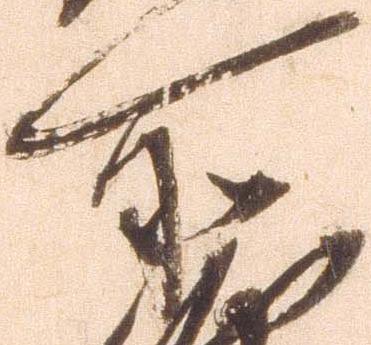
所